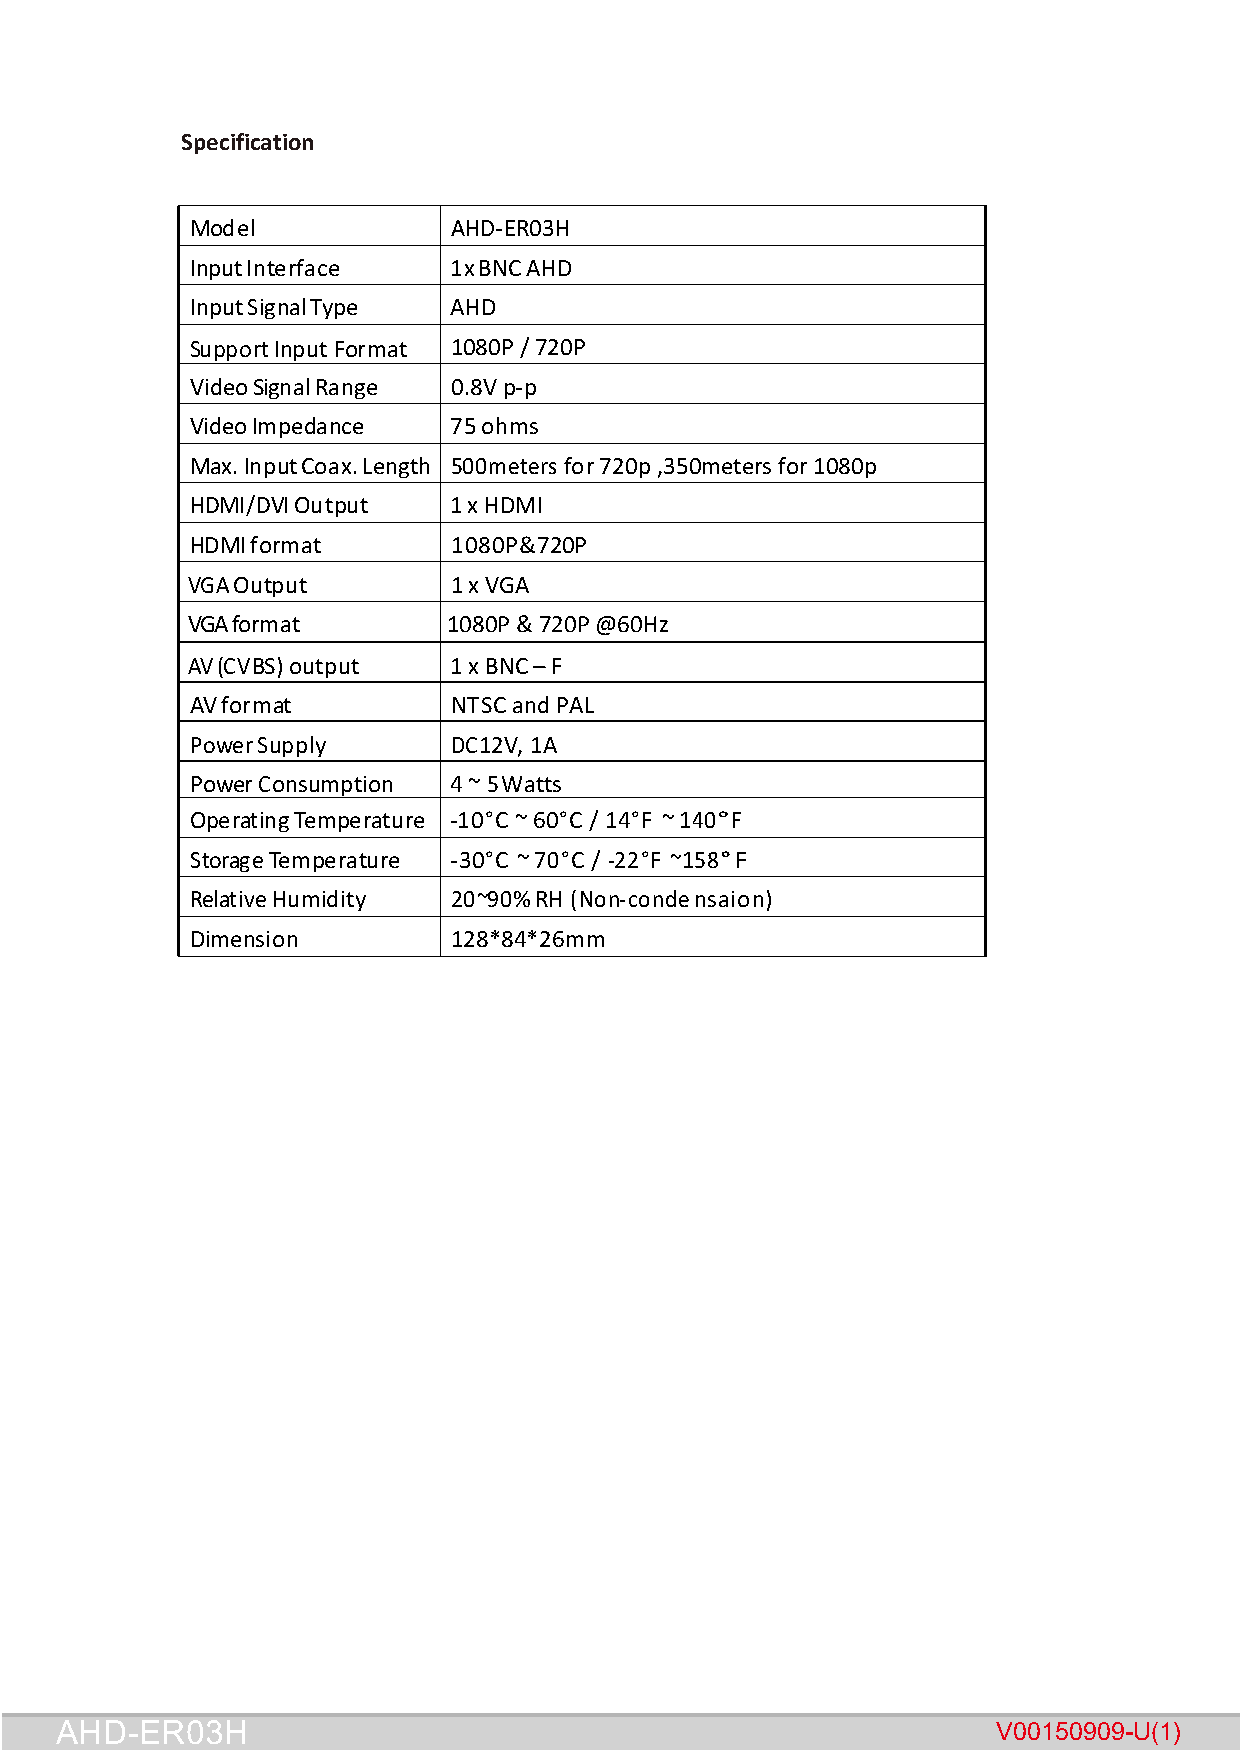
Specification
 Model            AHD- ER03H
 Input Interface  1x BNC AHD
 Input Signal Type AHD
 Support Input Format 1080P / 720P
 Video Signal Range 0.8V p-p
 Video Impedance  75 ohms
 Max. Input Coax. Length 500meters for 720p ,350meters for 1080p
 HDMI/DVI Output  1 x HDMI
 HDMI format      1080P&720P
 VGA Output        1 x VGA
 VGA format        1080P & 720P @60Hz
 AV (CV BS) output 1 x BNC – F
 AV format        NTSC and PAL
 Power Sup ply    DC 12V, 1A
 Power C onsumption 4 ~ 5 Watts
 Operating Temperature -10° C ~ 60° C / 14° F ~ 140° F
 Storage Temperature -30° C ~ 70 ° C / -22 ° F ~158 ° F
 Relative Humidity 20~90 % RH ( No n- conde nsaion)
 Dimension        128*84*26mm
 AHD-ER03H                                                     V00150909-U(1)